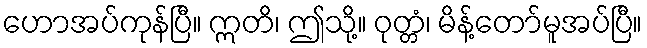
ဟောအပ်ကုန်ပြီ။ ဣတိ၊ ဤသို့။ ဝုတ္တံ၊ မိန့်တော်မူအပ်ပြီ။